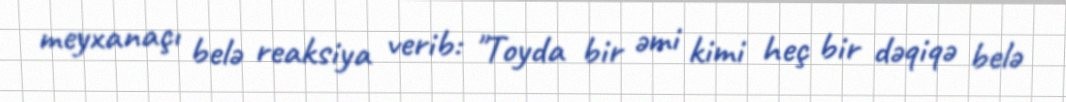
meyxanaçı belə reaksiya verib: "Toyda bir əmi kimi heç bir dəqiqə belə